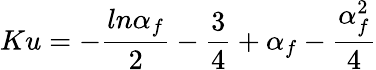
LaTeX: Ku=-\frac{ln\alpha_{f}}{2}-\frac{3}{4}+\alpha_{f}-\frac{\alpha_{f}^{2}}{4}